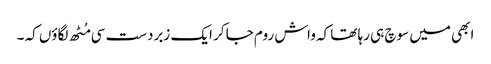
ابھی میں سوچ ہی رہا تھا کہ واش روم جا کر ایک زبردست سی مُٹھ لگاؤں کہ ۔